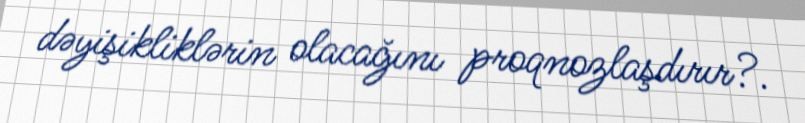
dəyişikliklərin olacağını proqnozlaşdırır?.